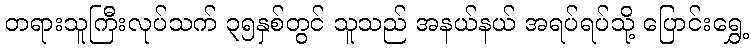
တရားသူကြီးလုပ်သက် ၃၅နှစ်တွင် သူသည် အနယ်နယ် အရပ်ရပ်သို့ ပြောင်းရွှေ့